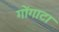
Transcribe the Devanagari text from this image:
गोंगाटा